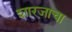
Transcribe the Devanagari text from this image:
शारजाचा